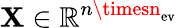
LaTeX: \mathbf{X}\in\mathbb{{R}}^{n\timesn_{\mathrm{{ev}}}}